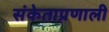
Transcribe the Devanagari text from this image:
संकेताप्रणाली